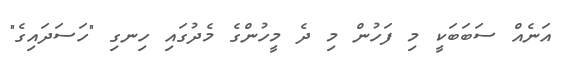
އަނެއް ސަބަބަކީ މި ފަހުން މި ދެ މީހުންގެ މެދުގައި ހިނގި "ހަސަދައިގެ"